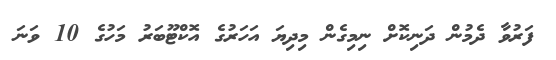
ފަރުވާ ދެމުން ދަނިކޮށް ނިމިގެން މިދިޔަ އަހަރުގެ އޮކްޓޫބަރު މަހުގެ 10 ވަނަ